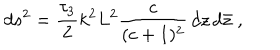
d s ^ { 2 } = { \frac { \tau _ { 3 } } { 2 } } k ^ { 2 } L ^ { 2 } { \frac { c } { ( c + 1 ) ^ { 2 } } } \, d z \, d \bar { z } \ ,